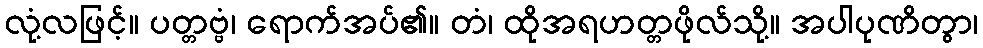
လုံ့လဖြင့်။ ပတ္တဗ္ဗံ၊ ရောက်အပ်၏။ တံ၊ ထိုအရဟတ္တဖိုလ်သို့။ အပါပုဏိတွာ၊